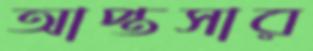
আপ্তসার